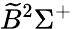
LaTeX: \widetilde{B}^{2}\Sigma^{+}